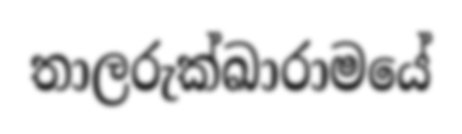
තාලරුක්ඛාරාමයේ